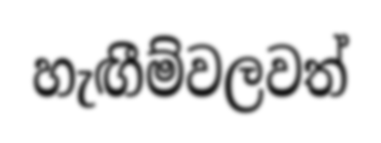
හැඟීම්වලවත්